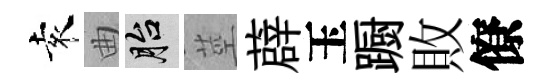
袁曲胎莖薜玉蹰敗僚